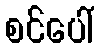
စင်ပေါ်